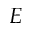
E